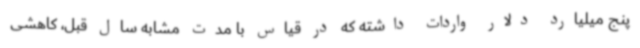
پنج میلیارد دلار واردات داشته که در قیاس با مدت مشابه سال قبل، کاهشی